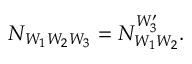
N _ { W _ { 1 } W _ { 2 } W _ { 3 } } = N _ { W _ { 1 } W _ { 2 } } ^ { W _ { 3 } ^ { \prime } } .